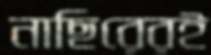
নাছিরেরই